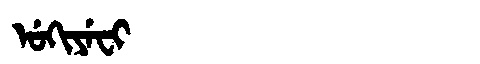
Manchu: ᡠᡴᡳᠶᡝᠸᡳ
Romanization: UKIYEFI